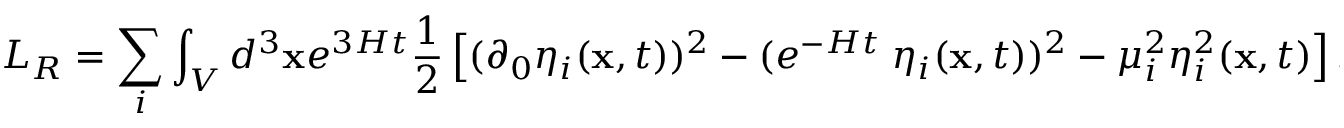
L _ { R } = \sum _ { i } \int _ { V } d ^ { 3 } { \bf x } e ^ { 3 H t } \frac { 1 } { 2 } \left[ ( \partial _ { 0 } \eta _ { i } ( { \bf x } , t ) ) ^ { 2 } - ( e ^ { - H t } { \bf \nabla } \eta _ { i } ( { \bf x } , t ) ) ^ { 2 } - \mu _ { i } ^ { 2 } \eta _ { i } ^ { 2 } ( { \bf x } , t ) \right] .